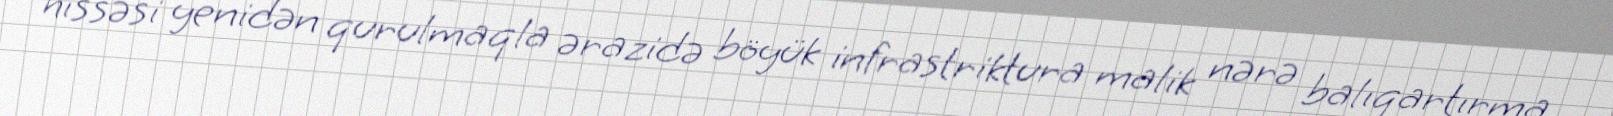
hissəsi yenidən qurulmaqla ərazidə böyük infrastriktura malik nərə balıqartırma